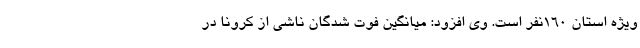
ویژه استان ۱۶۰نفر است. وی افزود: میانگین فوت شدگان ناشی از کرونا در